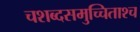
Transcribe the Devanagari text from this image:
चशब्दसमुच्चिताश्च